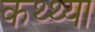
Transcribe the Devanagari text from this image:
कथ्थ्या